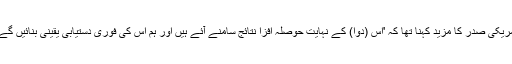
امریکی صدر کا مزید کہنا تھا کہ 'اس (دوا) کے نہایت حوصلہ افزا نتائج سامنے آئے ہیں اور ہم اس کی فوری دستیابی یقینی بنائیں گے'۔